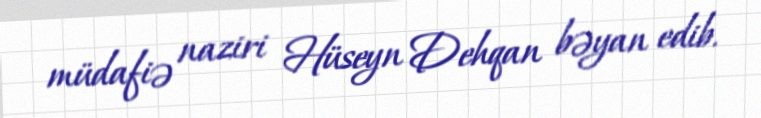
müdafiə naziri Hüseyn Dehqan bəyan edib.